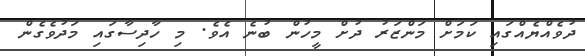
ދުވެއްޔެއްގައި ކަމަށް މަންޒަރު ދުށް މީހުން ބުނެ އެވެ. މި ހާދިސާގައި މަދުވެގެން